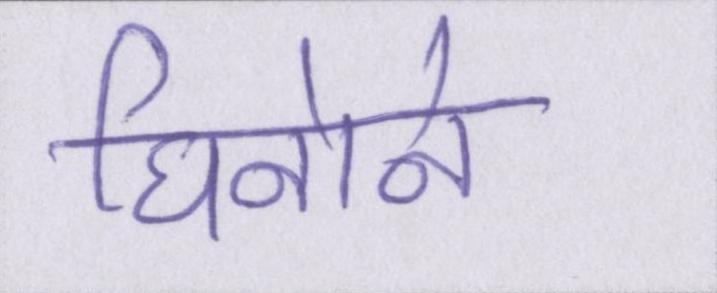
घिनोने